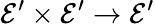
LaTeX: {\mathcal{E}}^{\prime}\times{\mathcal{E}}^{\prime}\to{\mathcal{E}}^{\prime}